Civil Veterinary Dept. North-West Frontier Province 1901-22 - 1901-1922
Year: 1901
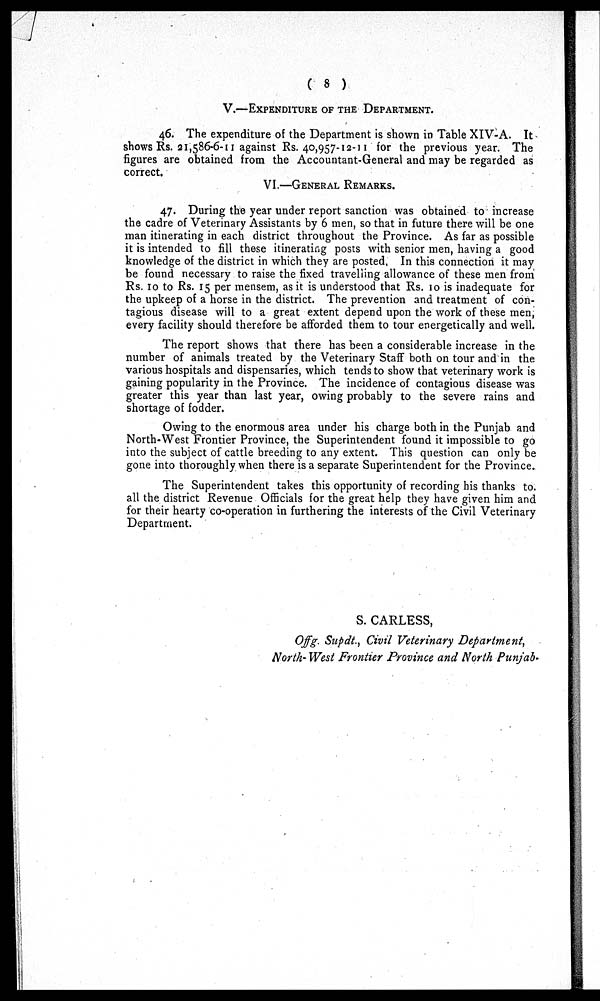
( 8 )
V.—EXPENDITURE OF THE DEPARTMENT.
46. The expenditure of the Department is shown in Table XIV-A. It
shows Rs. 21,586-6-11 against Rs. 40,957-12-11 for the previous year. The
figures are obtained from the Accountant-General and may be regarded as
correct.
VI.—GENERAL REMARKS.
47. During the year under report sanction was obtained to increase
the cadre of Veterinary Assistants by 6 men, so that in future there will be one
man itinerating in each district throughout the Province. As far as possible
it is intended to fill these itinerating posts with senior men, having a good
knowledge of the district in which they are posted, In this connection it may
be found necessary to raise the fixed travelling allowance of these men from
Rs. 10 to Rs. 15 per mensem, as it is understood that Rs. 10 is inadequate for
the upkeep of a horse in the district. The prevention and treatment of con-
tagious disease will to a great extent depend upon the work of these men,
every facility should therefore be afforded them to tour energetically and well.
The report shows that there has been a considerable increase in the
number of animals treated by the Veterinary Staff both on tour and in the
various hospitals and dispensaries, which tends to show that veterinary work is
gaining popularity in the Province. The incidence of contagious disease was
greater this year than last year, owing probably to the severe rains and
shortage of fodder.
Owing to the enormous area under his charge both in the Punjab and
North-West Frontier Province, the Superintendent found it impossible to go
into the subject of cattle breeding to any extent. This question can only be
gone into thoroughly when there is a separate Superintendent for the Province.
The Superintendent takes this opportunity of recording his thanks to.
all the district Revenue Officials for the great help they have given him and
for their hearty co-operation in furthering the interests of the Civil Veterinary
Department.
S. CARLESS,
Offg. Supdt., Civil Veterinary Department,
North-West Frontier Province and North Punjab.